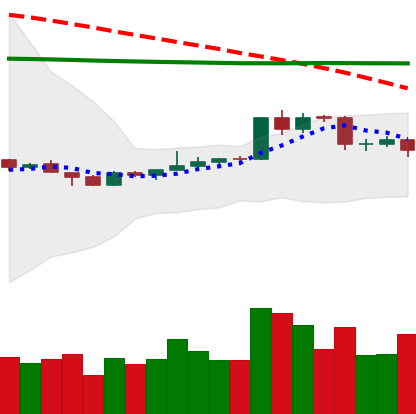
Ticker: EOS-USD
Chart end date: 2020-04-13
Forward return: 11.572%
Label: up_7plus